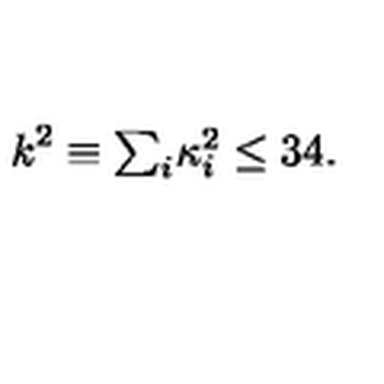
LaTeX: k ^ { 2 } \equiv \textstyle { \sum _ { i } } \kappa _ { i } ^ { 2 } \leq 3 4 .